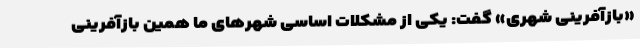
«بازآفرینی شهری» گفت: یکی از مشکلات اساسی شهرهای ما همین بازآفرینی